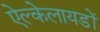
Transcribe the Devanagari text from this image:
ऐल्केलायडों